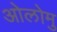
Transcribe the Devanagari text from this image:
ओलोमु